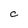
Character: C